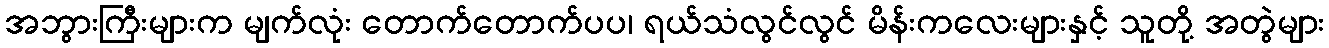
အဘွားကြီးများက မျက်လုံး တောက်တောက်ပပ၊ ရယ်သံလွင်လွင် မိန်းကလေးများနှင့် သူတို့ အတွဲများ